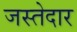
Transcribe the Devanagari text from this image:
जस्तेदार